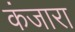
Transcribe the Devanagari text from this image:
कंजारा